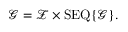
{ \mathcal { G } } = { \mathcal { Z } } \times \operatorname { S E Q } \{ { \mathcal { G } } \} .